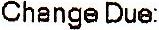
CHANGE DUE: